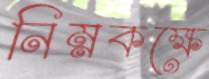
নিম্নকক্ষে